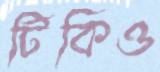
টিকিও